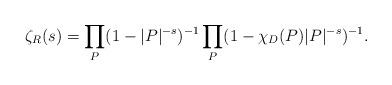
LaTeX: \begin{align*} \zeta_R(s) = \prod_{P} (1-|P|^{-s})^{-1} \prod_{P} (1-\chi_D(P)|P|^{-s})^{-1}.\end{align*}